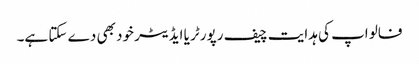
فالو اپ کی ہدایت چیف رپورٹر یا ایڈیٹر خود بھی دے سکتا ہے۔